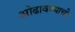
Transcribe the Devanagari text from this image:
ओढावण्याची